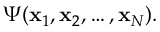
\begin{array} { r } { \Psi ( \mathbf { x } _ { 1 } , \mathbf { x } _ { 2 } , \ldots , \mathbf { x } _ { N } ) . } \end{array}